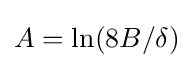
A=\ln(8B/\delta )